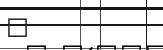
٩